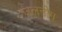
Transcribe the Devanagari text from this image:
जलनीम